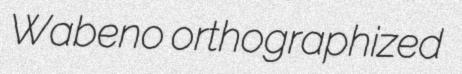
Wabeno orthographized